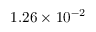
1 . 2 6 \times 1 0 ^ { - 2 }